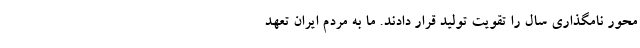
محور نامگذاری سال را تقویت تولید قرار دادند. ما به مردم ایران تعهد